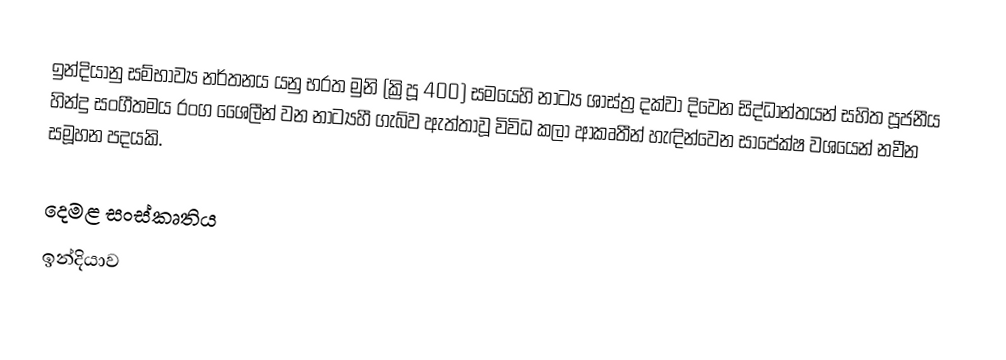
ඉන්දියානු සම්භාව්‍ය නර්තනය යනු භරත මුනි (ක්‍රිපූ 400) සමයෙහි නාට්‍ය ශාස්ත්‍ර  දක්වා දිවෙන සිද්ධාන්තයන් සහිත පූජනීය හින්දු සංගීතමය රංග ශෛලීන් වන  නාට්‍යහී ගැබ්ව ඇත්තාවූ විවිධ කලා ආකෘතීන් හැඳින්වෙන සාපේක්ෂ වශයෙන් නවීන සමූහන පදයකි.

දෙමළ සංස්කෘතිය
ඉන්දියාව